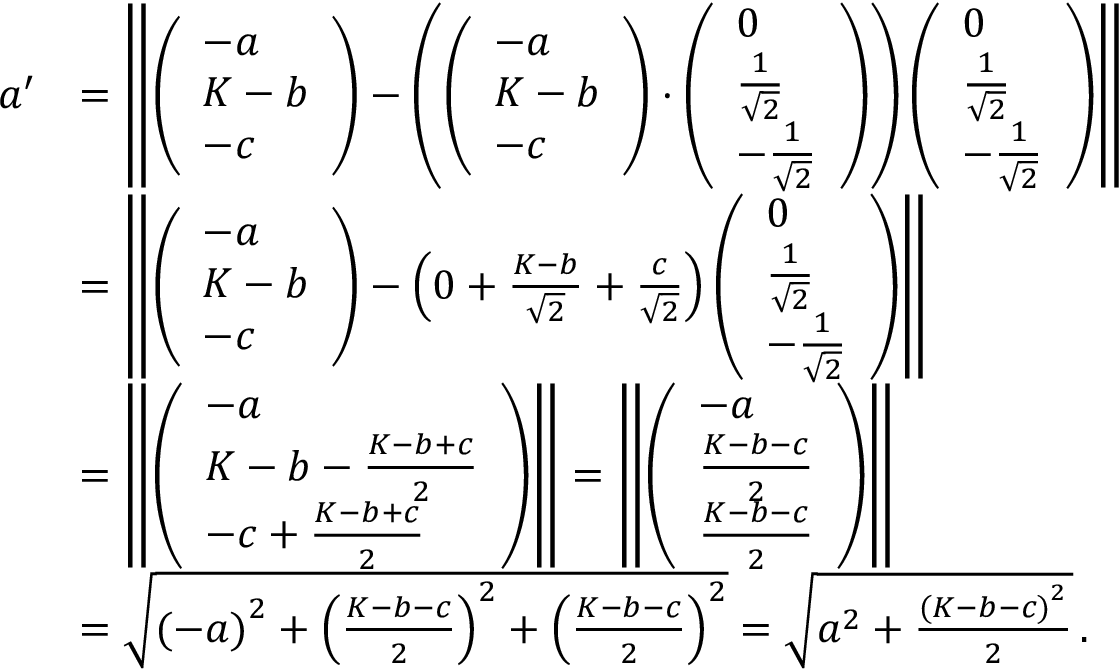
{ \begin{array} { r l } { a ^ { \prime } } & { = \left\| { \left( \begin{array} { l } { - a } \\ { K - b } \\ { - c } \end{array} \right) } - \left( { \left( \begin{array} { l } { - a } \\ { K - b } \\ { - c } \end{array} \right) } \cdot { \left( \begin{array} { l } { 0 } \\ { { \frac { 1 } { \sqrt { 2 } } } } \\ { - { \frac { 1 } { \sqrt { 2 } } } } \end{array} \right) } \right) { \left( \begin{array} { l } { 0 } \\ { { \frac { 1 } { \sqrt { 2 } } } } \\ { - { \frac { 1 } { \sqrt { 2 } } } } \end{array} \right) } \right\| } \\ & { = \left\| { \left( \begin{array} { l } { - a } \\ { K - b } \\ { - c } \end{array} \right) } - \left( 0 + { \frac { K - b } { \sqrt { 2 } } } + { \frac { c } { \sqrt { 2 } } } \right) { \left( \begin{array} { l } { 0 } \\ { { \frac { 1 } { \sqrt { 2 } } } } \\ { - { \frac { 1 } { \sqrt { 2 } } } } \end{array} \right) } \right\| } \\ & { = \left\| { \left( \begin{array} { l } { - a } \\ { K - b - { \frac { K - b + c } { 2 } } } \\ { - c + { \frac { K - b + c } { 2 } } } \end{array} \right) } \right\| = \left\| { \left( \begin{array} { l } { - a } \\ { { \frac { K - b - c } { 2 } } } \\ { { \frac { K - b - c } { 2 } } } \end{array} \right) } \right\| } \\ & { = { \sqrt { { ( - a ) } ^ { 2 } + { \left( { \frac { K - b - c } { 2 } } \right) } ^ { 2 } + { \left( { \frac { K - b - c } { 2 } } \right) } ^ { 2 } } } = { \sqrt { a ^ { 2 } + { \frac { { ( K - b - c ) } ^ { 2 } } { 2 } } } } \, . } \end{array} }